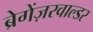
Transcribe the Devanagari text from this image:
ब्रेगेंज़रवाल्डर